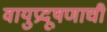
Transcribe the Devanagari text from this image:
वायुप्रदूषणाची